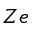
Z e